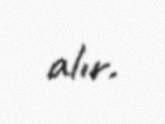
alır.